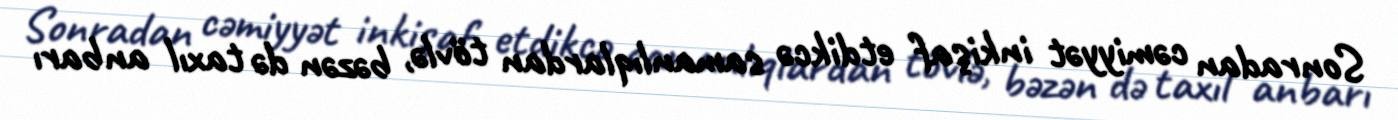
Sonradan cəmiyyət inkişaf etdikcə samanlıqlardan tövlə, bəzən də taxıl anbarı